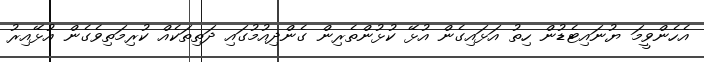
އެހެންވީމަ ޔުނައިޓެޑުން ހިތު އަޅައިގެން އުޅޭ ކުޅުންތެރިން ގެންދިއުމުގައި ދަތިތަކެއް ކުރިމަތިވެގެން އުޅޭއިރު